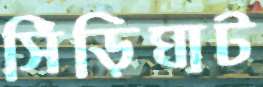
সিঁড়িঘাট